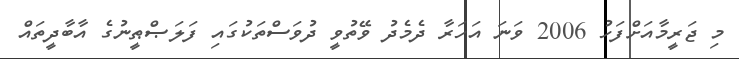
މި ޖަރީމާއަށްފަހު 2006 ވަނަ އަހަރާ ދެމެދު ވޭތުވީ ދުވަސްތަކުގައި ފަލަޞްޠީނުގެ އާބާދީތައް